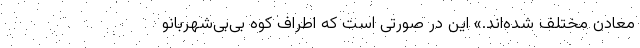
معادن مختلف شده‌اند.» این در صورتی است که اطراف کوه بی‌بی‌شهربانو